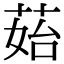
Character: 𦰯